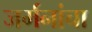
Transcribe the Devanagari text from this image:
जर्मनांचा